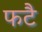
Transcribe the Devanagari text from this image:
फटै